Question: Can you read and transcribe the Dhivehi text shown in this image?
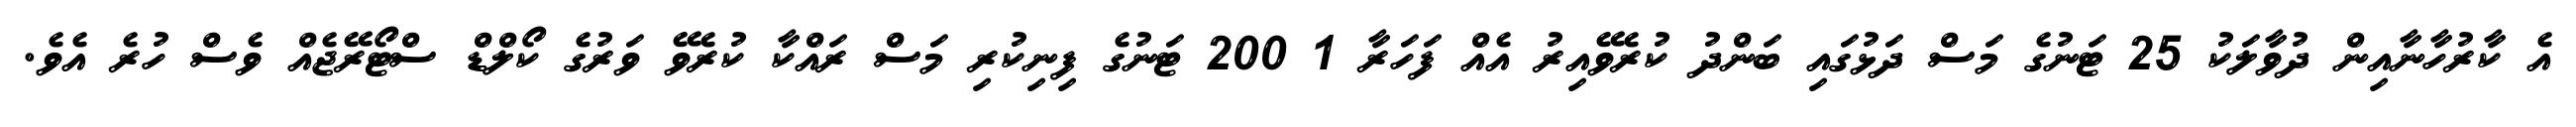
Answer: އެ ކާރުހާނާއިން ދުވާލަކު 25 ޓަނުގެ މަސް ދަޅުގައި ބަންދު ކުރެވޭއިރު އެއް ފަހަރާ 1 200 ޓަނުގެ ފިނިކުރި މަސް ރައްކާ ކުރެވޭ ވަރުގެ ކޯލްޑް ސްޓޯރޭޖެއް ވެސް ހުރެ އެވެ.